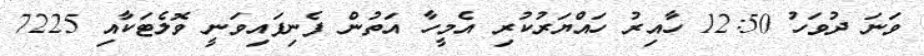
ވަނަ ދުވަހު 12:50 ހާއިރު ހައްޔަރުކުރި އެމީހާ އަތުން ފެނިފައިވަނީ ވޮލެޓަކާއި 7225